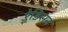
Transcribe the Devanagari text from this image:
रेडिसन